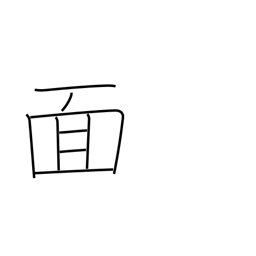
Meaning: mask